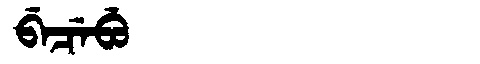
Manchu: ᠪᡝᠴᡝᠪᡠ
Romanization: BECEBU